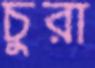
চুরা